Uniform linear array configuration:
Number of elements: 8
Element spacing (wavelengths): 0.75
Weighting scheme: cosine
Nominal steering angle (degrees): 0
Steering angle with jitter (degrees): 0.876
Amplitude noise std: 0.05
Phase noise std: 0.05

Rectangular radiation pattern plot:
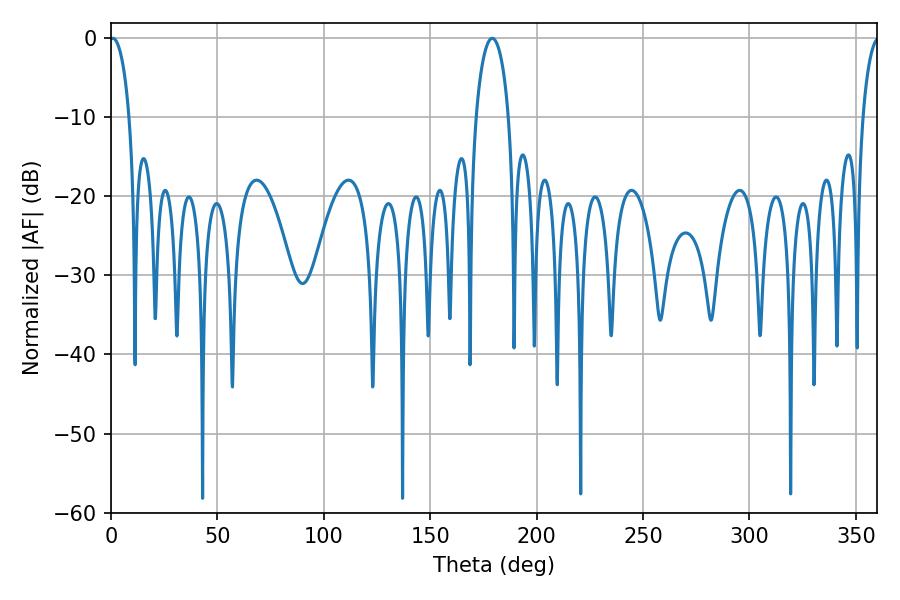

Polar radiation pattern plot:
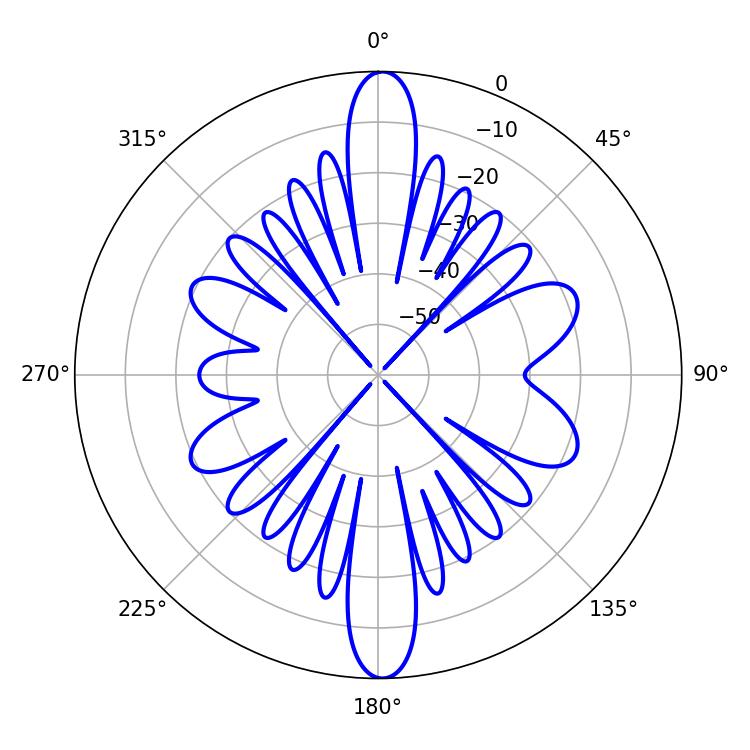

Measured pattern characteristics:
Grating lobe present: TRUE
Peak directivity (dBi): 24.354
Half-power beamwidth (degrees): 5.22
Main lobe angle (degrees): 0.9